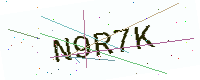
Text: N9R7K